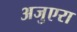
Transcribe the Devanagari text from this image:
अजुएरा